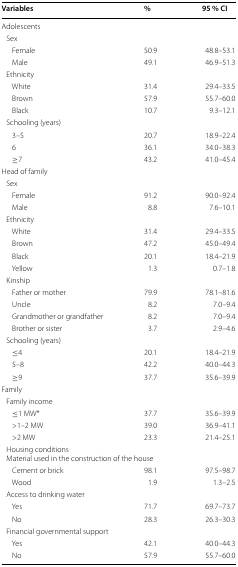
| Variables | % | 95 % CI |
 | --- | --- | --- |
 | <COLSPAN=3> Adolescents |
 | <COLSPAN=3> Sex |
 | Female | 50.9 | 48.8–53.1 |
 | Male | 49.1 | 46.9–51.3 |
 | <COLSPAN=3> Ethnicity |
 | White | 31.4 | 29.4–33.5 |
 | Brown | 57.9 | 55.7–60.0 |
 | Black | 10.7 | 9.3–12.1 |
 | <COLSPAN=3> Schooling (years) |
 | 3–5 | 20.7 | 18.9–22.4 |
 | 6 | 36.1 | 34.0–38.3 |
 | ≥7 | 43.2 | 41.0–45.4 |
 | <COLSPAN=3> Head of family |
 | <COLSPAN=3> Sex |
 | Female | 91.2 | 90.0–92.4 |
 | Male | 8.8 | 7.6–10.1 |
 | <COLSPAN=3> Ethnicity |
 | White | 31.4 | 29.4–33.5 |
 | Brown | 47.2 | 45.0–49.4 |
 | Black | 20.1 | 18.4–21.9 |
 | Yellow | 1.3 | 0.7–1.8 |
 | <COLSPAN=3> Kinship |
 | Father or mother | 79.9 | 78.1–81.6 |
 | Uncle | 8.2 | 7.0–9.4 |
 | Grandmother or grandfather | 8.2 | 7.0–9.4 |
 | Brother or sister | 3.7 | 2.9–4.6 |
 | <COLSPAN=3> Schooling (years) |
 | ≤4 | 20.1 | 18.4–21.9 |
 | 5–8 | 42.2 | 40.0–44.3 |
 | ≥9 | 37.7 | 35.6–39.9 |
 | <COLSPAN=3> Family |
 | <COLSPAN=3> Family income |
 | ≤1 MW* | 37.7 | 35.6–39.9 |
 | >1–2 MW | 39.0 | 36.9–41.1 |
 | >2 MW | 23.3 | 21.4–25.1 |
 | <COLSPAN=3> Housing conditions Material used in the construction of the house |
 | Cement or brick | 98.1 | 97.5–98.7 |
 | Wood | 1.9 | 1.3–2.5 |
 | <COLSPAN=3> Access to drinking water |
 | Yes | 71.7 | 69.7–73.7 |
 | No | 28.3 | 26.3–30.3 |
 | <COLSPAN=3> Financial governmental support |
 | Yes | 42.1 | 40.0–44.3 |
 | No | 57.9 | 55.7–60.0 |